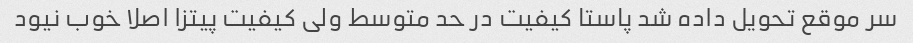
سر موقع تحویل داده شد پاستا کیفیت در حد متوسط ولی کیفیت پیتزا اصلا خوب نیود